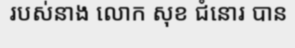
របស់នាង លោក សុខ ជំនោរ បាន